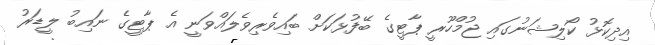
އިދިކޮޅު ކޯލިޝަނުގައި ޖުމްހޫރީ ޕާޓީގެ ބޭފުޅަކަށް ބައިވެރިވެލައްވަނީ އެ ޕާޓީގެ ނައިބު ލީޑަރު